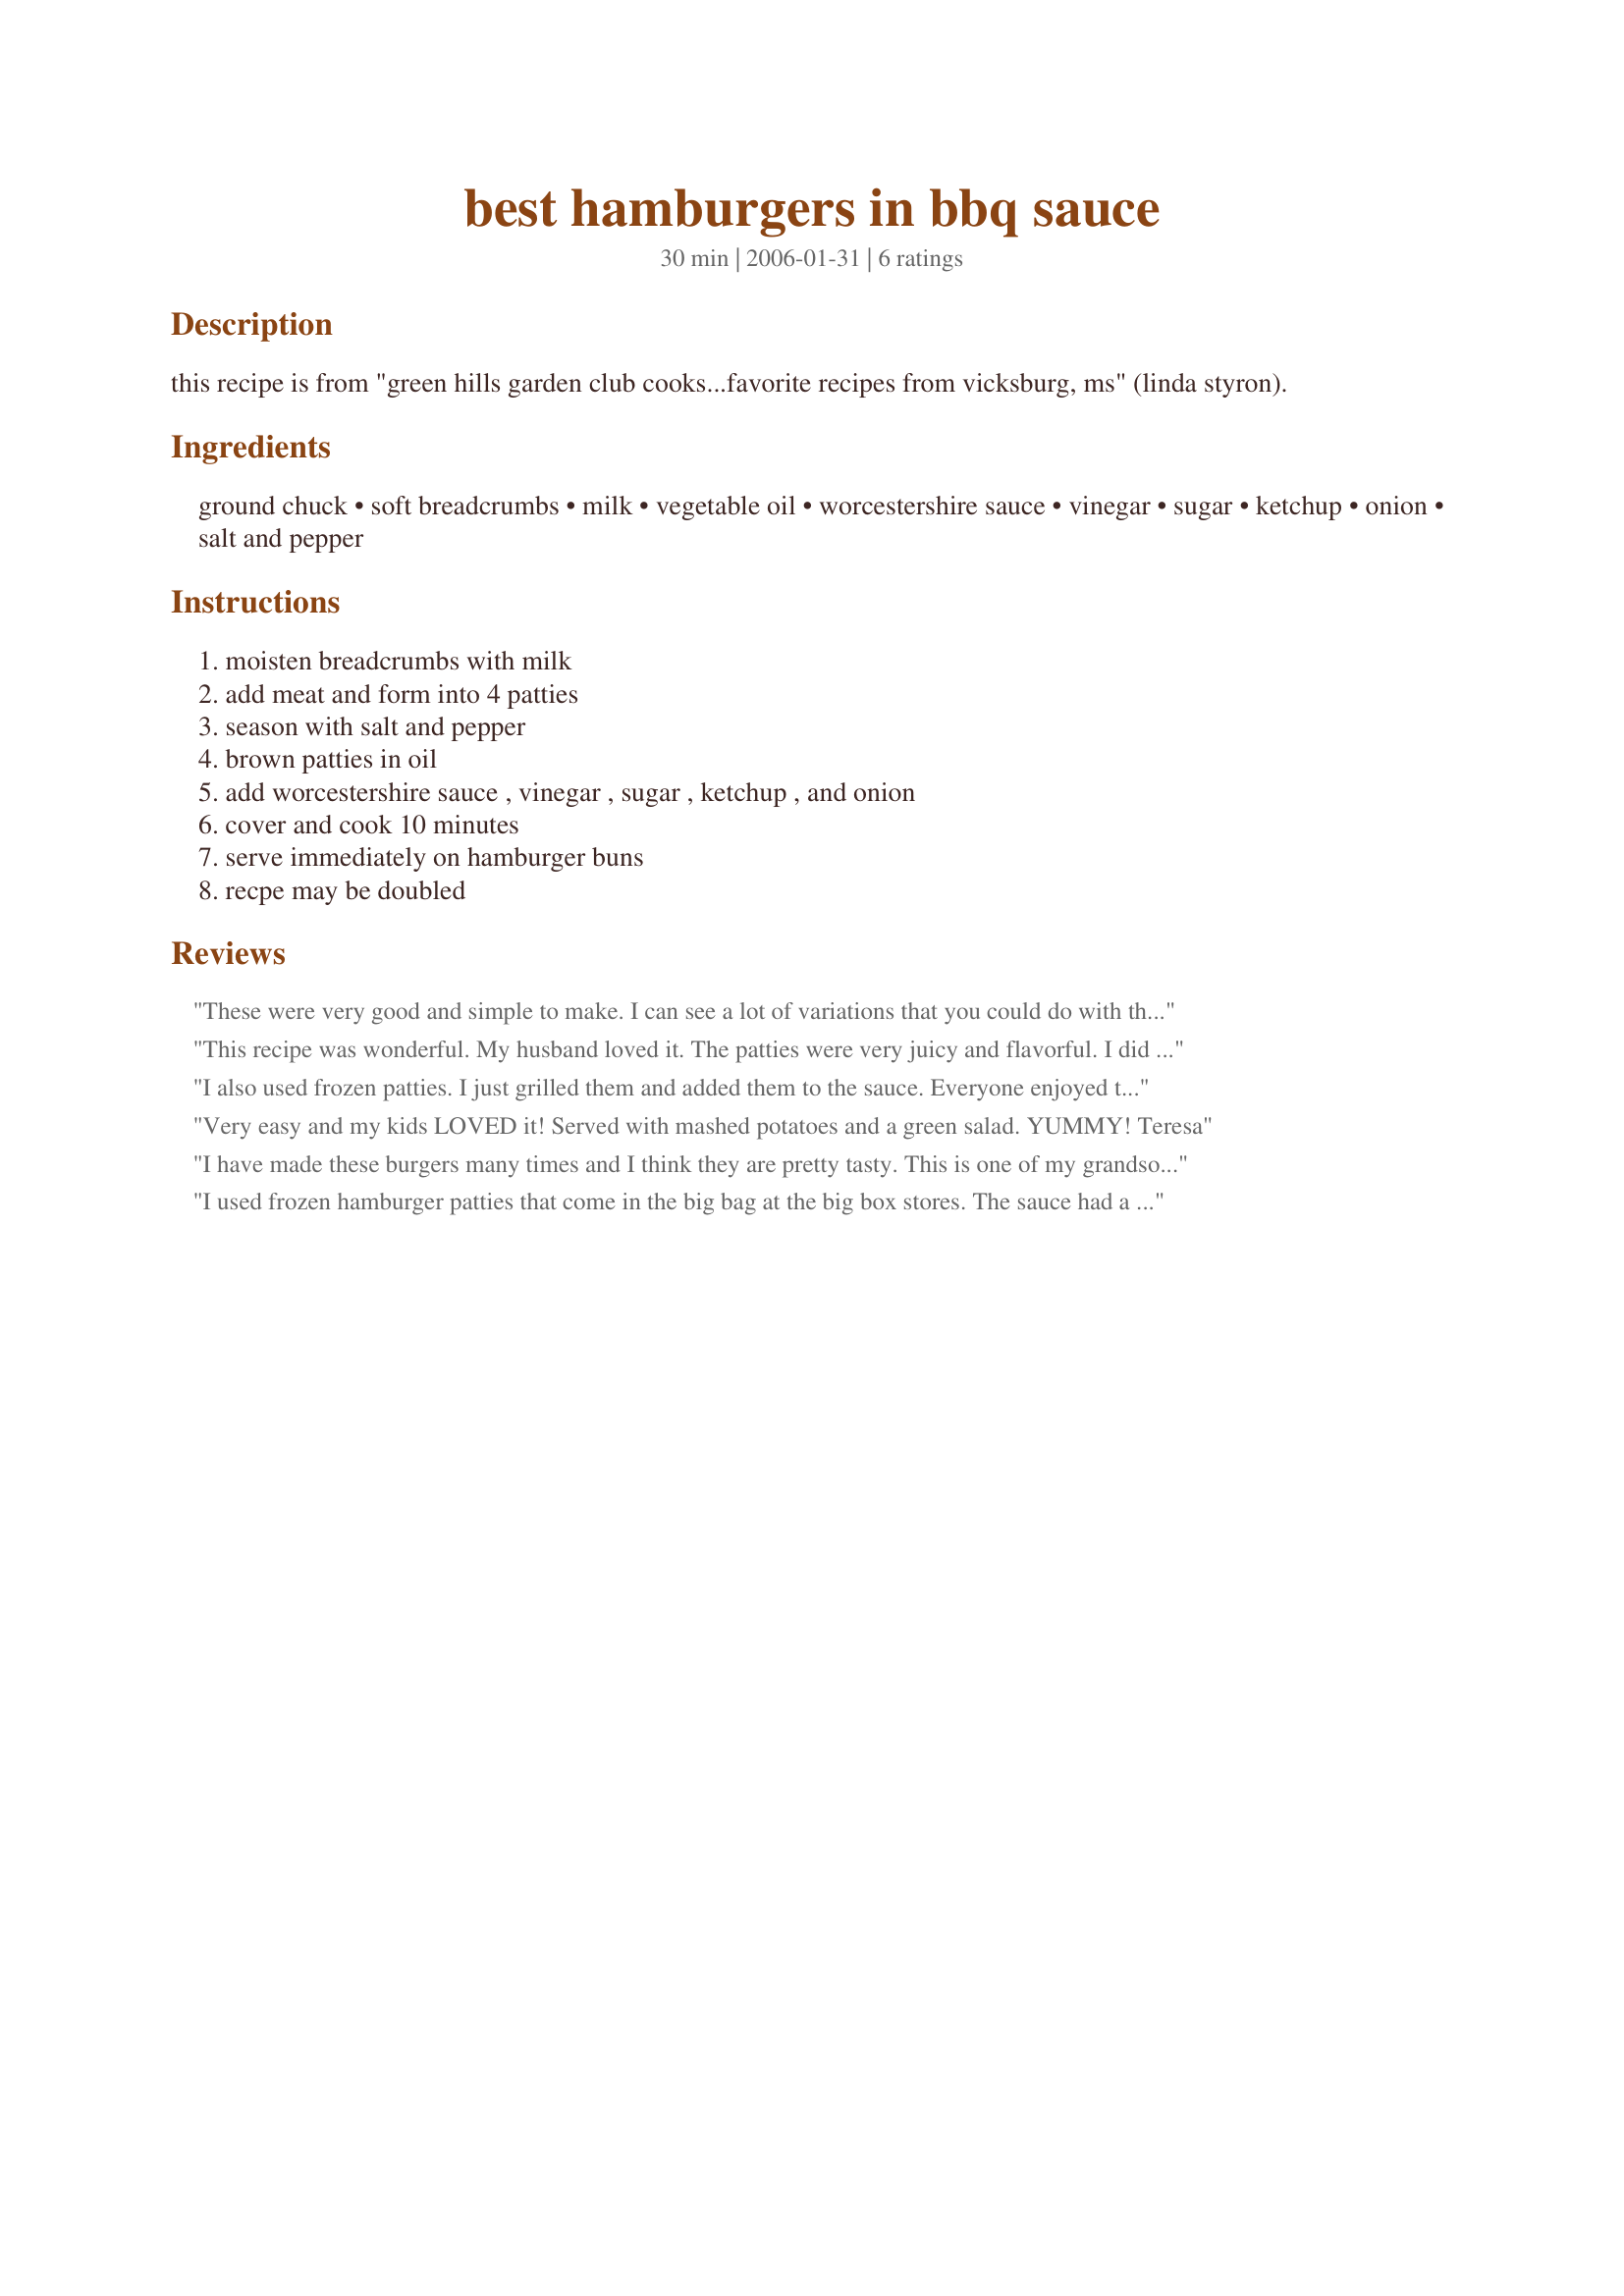
best hamburgers in bbq sauce
Preparation time: 30 minutes

this recipe is from "green hills garden club cooks...favorite recipes from vicksburg, ms" (linda styron).

Ingredients:
ground chuck, soft breadcrumbs, milk, vegetable oil, worcestershire sauce, vinegar, sugar, ketchup, onion, salt and pepper

Steps:
moisten breadcrumbs with milk, add meat and form into 4 patties, season with salt and pepper, brown patties in oil, add worcestershire sauce , vinegar , sugar , ketchup , and onion, cover and cook 10 minutes, serve immediately on hamburger buns, recpe may be doubled

Reviews:
These were very good and simple to make. I can see a lot of variations that you could do with this. I also liked the BBQ sauce and may make it for other things on the grill. Thanks for sharing!
This recipe was wonderful. My husband loved it. The patties were very juicy and flavorful. I did alter the recipe slightly because I added additional Worchestershire sauce, onion, and minced garlic to the meat itself. I also used ground turkey instead of ground beef. This will become a staple in our household
I also used frozen patties. I just grilled them and added them to the sauce. Everyone enjoyed the flavour.
Very easy and my kids LOVED it! Served with mashed potatoes and a green salad. YUMMY!

Teresa
I have made these burgers many times and I think they are pretty tasty. This is one of my grandsons most favorite recipes. Now that he is older whenever we have them I let him be the chef. They are so simple to prepare, inexpensive, and a real kid pleaser.
I used frozen hamburger patties that come in the big bag at the big box stores. The sauce had a good BBQ flavor and was a nice change of pace from a regular hamburger.
